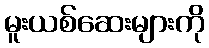
မူးယစ်ဆေးများကို